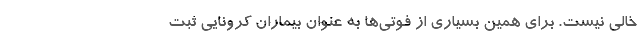
خالی نیست. برای همین بسیاری از فوتی‌ها به عنوان بیماران کرونایی ثبت